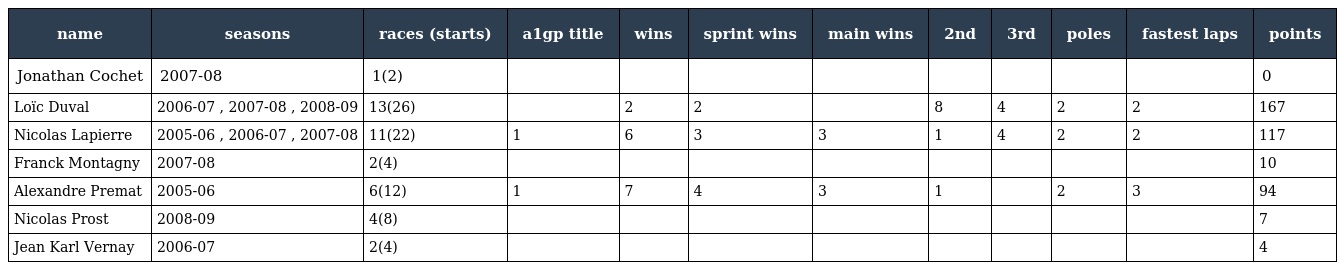
| name | seasons | races (starts) | a1gp title | wins | sprint wins | main wins | 2nd | 3rd | poles | fastest laps | points |
 | --- | --- | --- | --- | --- | --- | --- | --- | --- | --- | --- | --- |
 | Jonathan Cochet | 2007-08 | 1(2) |  |  |  |  |  |  |  |  | 0 |
 | Loïc Duval | 2006-07 , 2007-08 , 2008-09 | 13(26) |  | 2 | 2 |  | 8 | 4 | 2 | 2 | 167 |
 | Nicolas Lapierre | 2005-06 , 2006-07 , 2007-08 | 11(22) | 1 | 6 | 3 | 3 | 1 | 4 | 2 | 2 | 117 |
 | Franck Montagny | 2007-08 | 2(4) |  |  |  |  |  |  |  |  | 10 |
 | Alexandre Premat | 2005-06 | 6(12) | 1 | 7 | 4 | 3 | 1 |  | 2 | 3 | 94 |
 | Nicolas Prost | 2008-09 | 4(8) |  |  |  |  |  |  |  |  | 7 |
 | Jean Karl Vernay | 2006-07 | 2(4) |  |  |  |  |  |  |  |  | 4 |